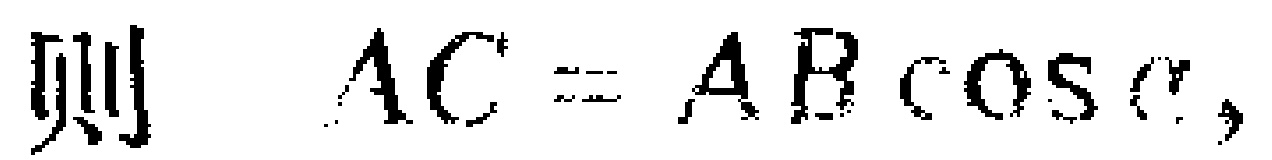
则 \(AC = AB\cos\alpha,\)